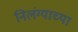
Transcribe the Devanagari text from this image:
निलंग्याच्या